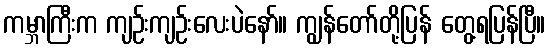
ကမ္ဘာကြီးက ကျဉ်းကျဉ်းလေးပဲနော်။ ကျွန်တော်တို့ပြန် တွေ့ရပြန်ပြီ။